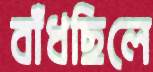
বাঁধছিলে